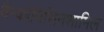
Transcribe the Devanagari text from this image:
वैन्कोमिसिनशामिल